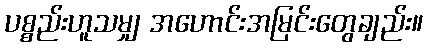
ပစ္စည်းဟူသမျှ အဟောင်းအမြင်းတွေချည်း။